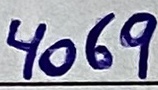
Text: 4069